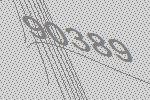
90389